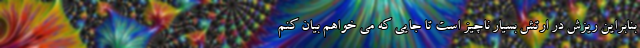
بنابراین ریزش در ارتش بسیار ناچیز است تا جایی که می خواهم بیان کنم